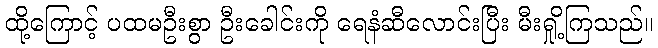
ထို့ကြောင့် ပထမဦးစွာ ဦးခေါင်းကို ရေနံဆီလောင်းပြီး မီးရှို့ကြသည်။